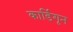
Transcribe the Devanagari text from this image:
कार्डिगृन